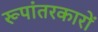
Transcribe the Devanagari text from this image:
रूपांतरकारों